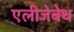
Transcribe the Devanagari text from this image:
एलीजेबेथ